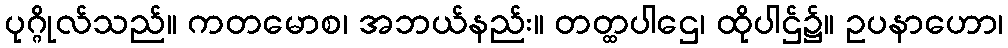
ပုဂ္ဂိုလ်သည်။ ကတမောစ၊ အဘယ်နည်း။ တတ္ထပါဌေ၊ ထိုပါဌ်၌။ ဥပနာဟော၊